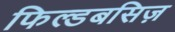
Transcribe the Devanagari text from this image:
फिल्डबसिज़